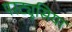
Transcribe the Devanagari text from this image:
परट्यूसिया